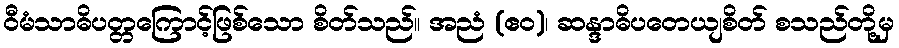
ဝီမံသာဓိပတ္တကြောင့်ဖြစ်သော စိတ်သည်။ အညံ (ဧဝ)၊ ဆန္ဒာဓိပတေယျစိတ် စသည်တို့မှ